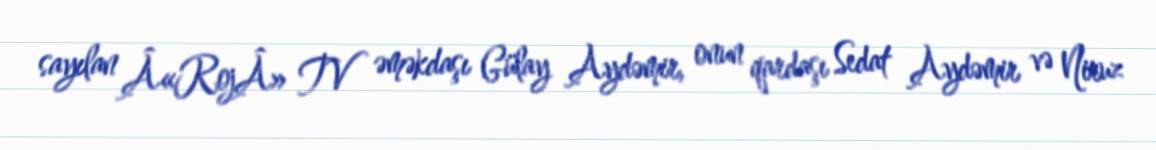
sayılan Â«RojÂ» TV əməkdaşı Gülay Aydəmir, onun qardaşı Sedat Aydəmir və Niruz